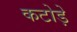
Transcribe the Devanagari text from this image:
कटोड़े